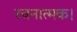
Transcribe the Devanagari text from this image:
रचनात्मक।